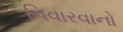
નિવારવાનો